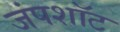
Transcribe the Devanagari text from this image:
जंपशॉट